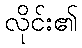
လိုင်း၏